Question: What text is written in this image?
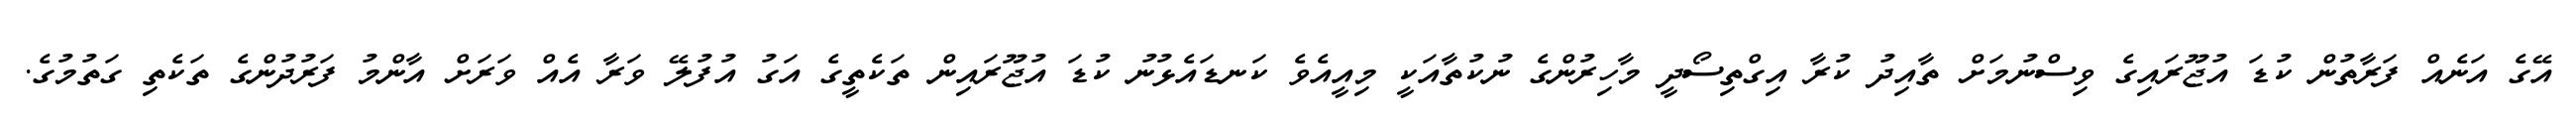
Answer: އޭގެ އަނެއް ފަރާތުން ކުޑަ އުޖޫރައިގެ ވިސްނުމަށް ތާއިދު ކުރާ އިގްތިސޯދީ މާހިރުންގެ ނުކުތާއަކީ މިއީއެވެ ކަނޑައެޅުނު ކުޑަ އުޖޫރައިން ތަކެތީގެ އަގު އުފުލޭ ވަރާ އެއް ވަރަށް އާންމު ފަރުދުންގެ ތަކެތި ގަތުމުގެ.